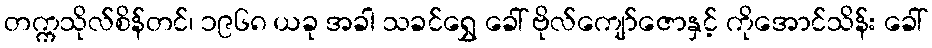
တက္ကသိုလ်စိန်တင်၊ ၁၉၆၈ ယခု အခါ သခင်ရွှေ ခေါ် ဗိုလ်ကျော်ဇောနှင့် ကိုအောင်သိန်း ခေါ်